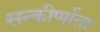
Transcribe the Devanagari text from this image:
सन्कीर्णाता